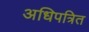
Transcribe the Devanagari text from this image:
अधिपत्रित